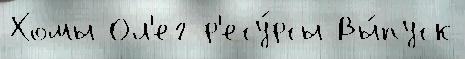
Хомы Ол'ег р'есу́рсы Вы́пуск